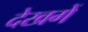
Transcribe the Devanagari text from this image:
देखगें